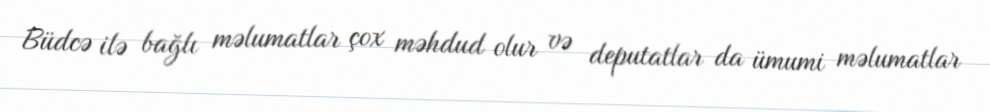
Büdcə ilə bağlı məlumatlar çox məhdud olur və deputatlar da ümumi məlumatlar